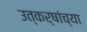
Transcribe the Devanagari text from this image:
उत्कर्षांच्या